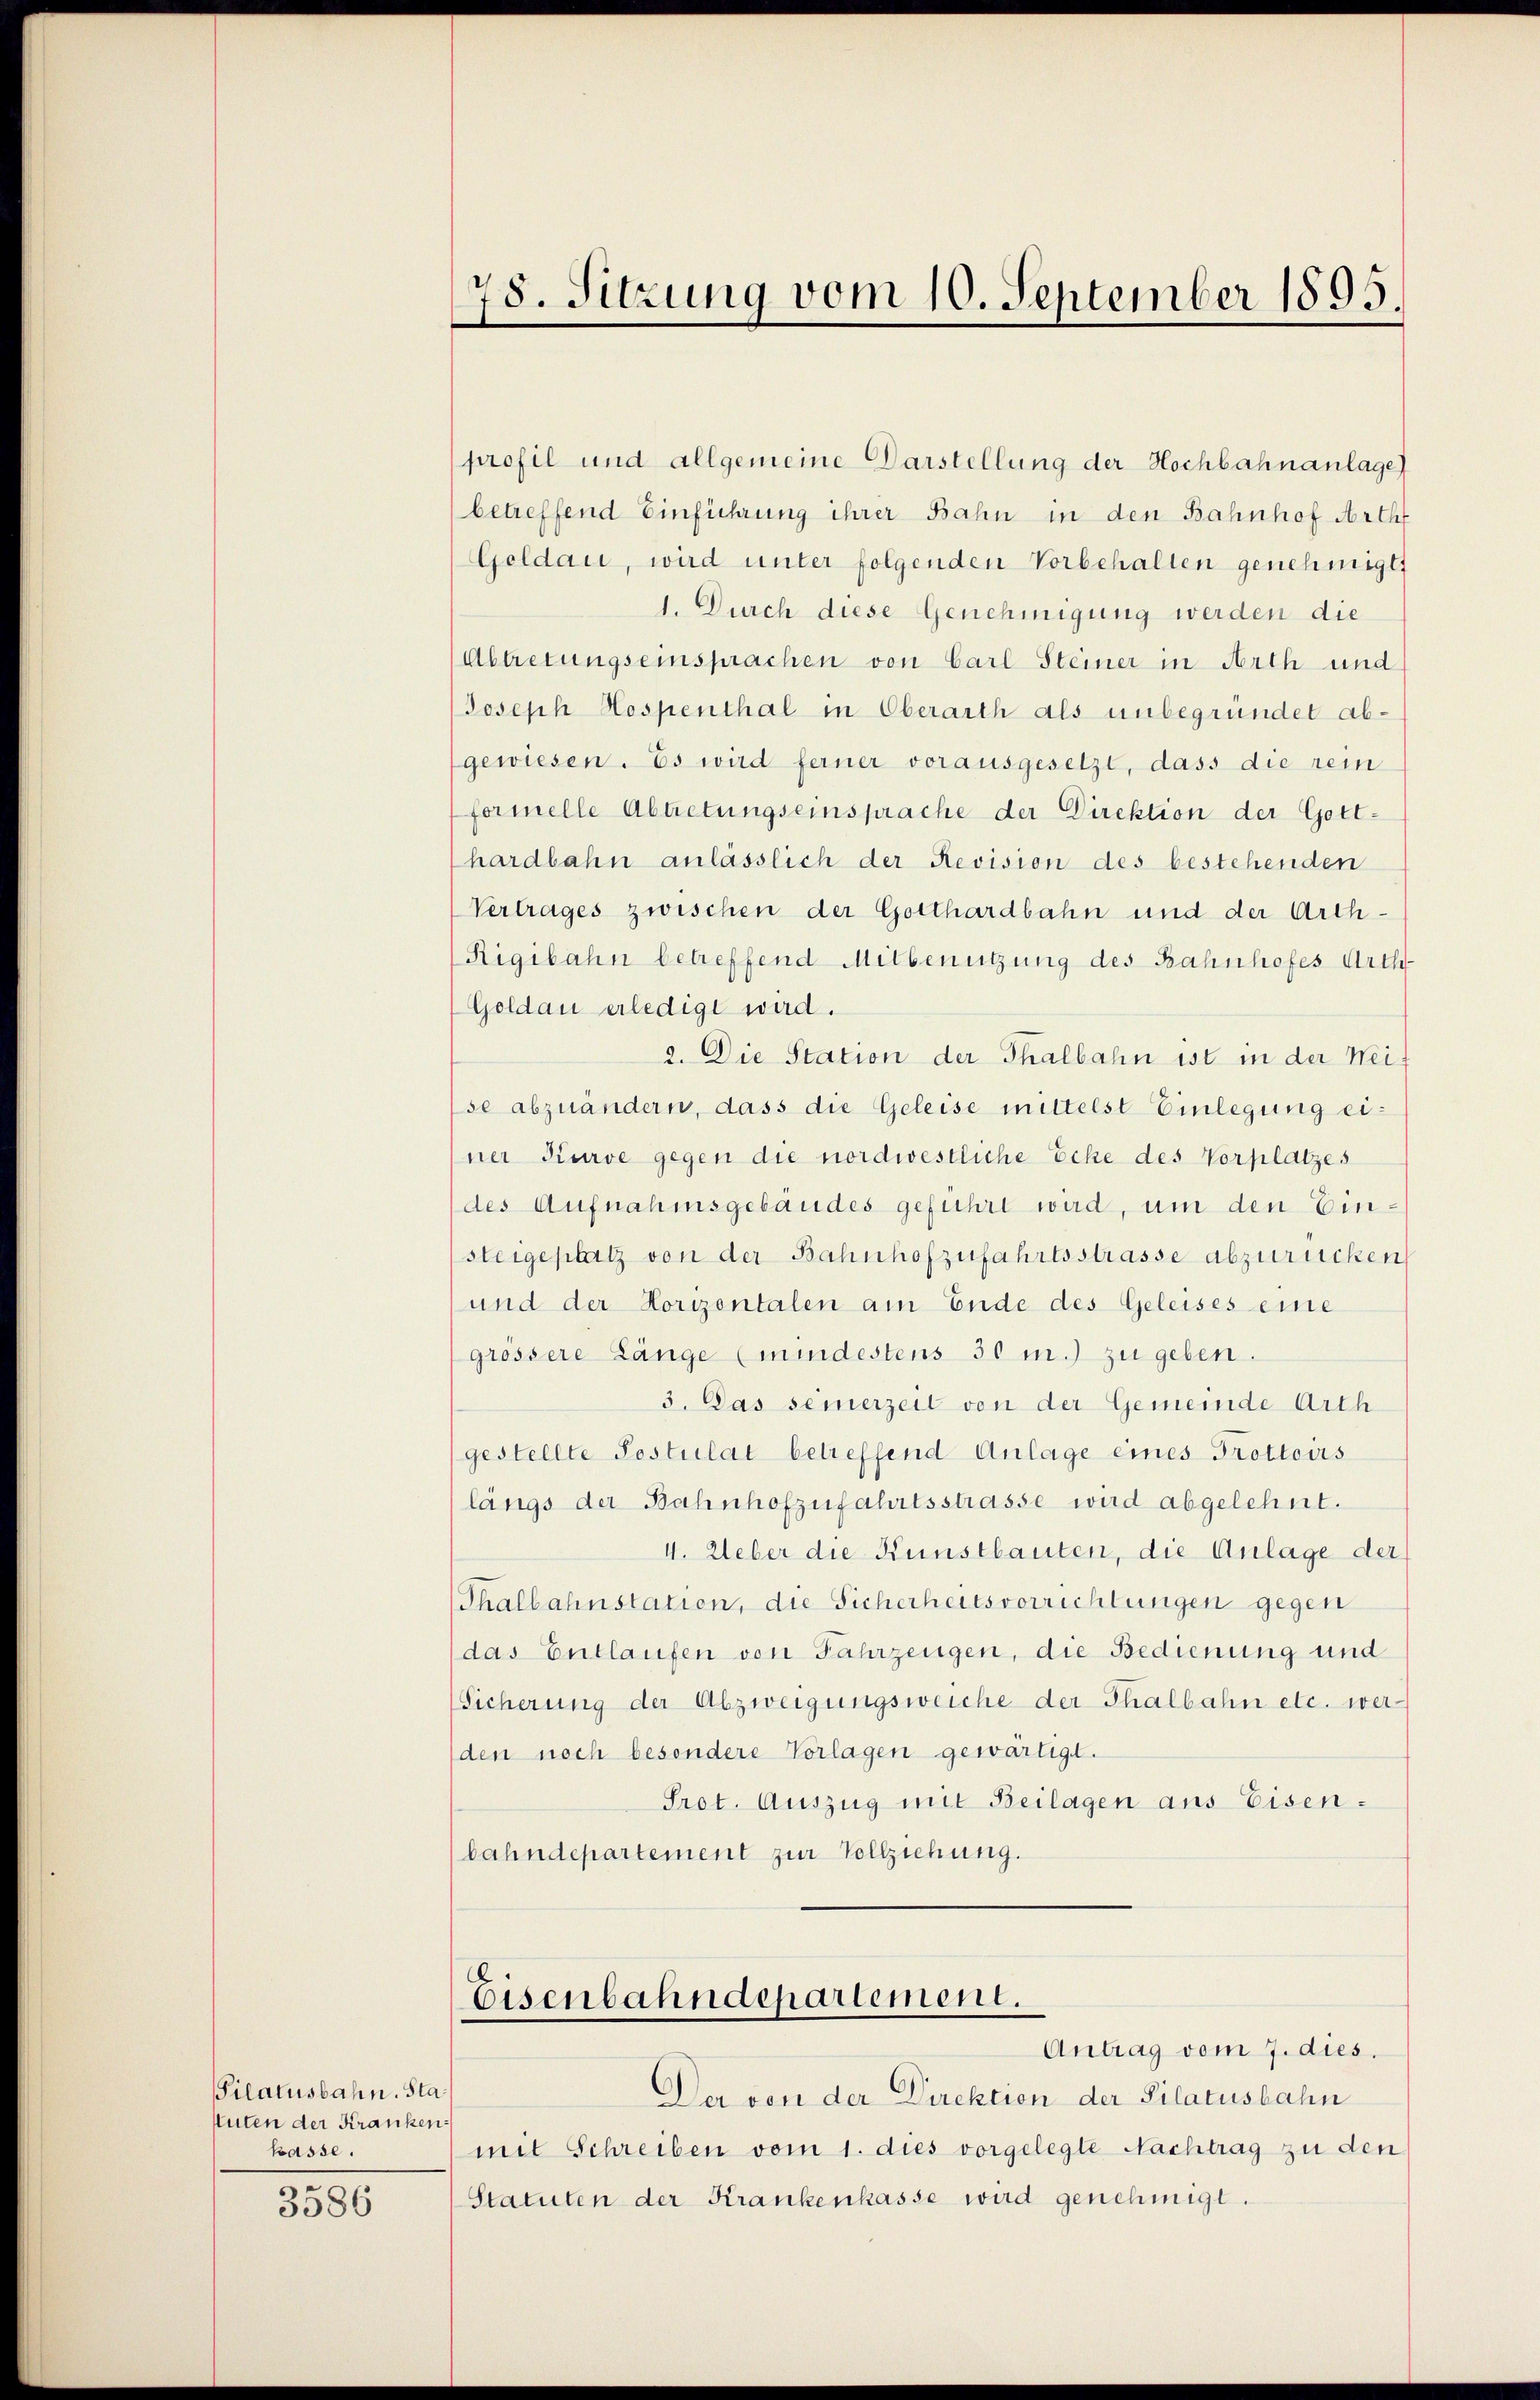
Pilatusbahn. Sta
stuten der Krankenkasse.

3586

profil und allgemeine Darstellung der Hochbahnanlage
betreffend Einführung ihrer Bahn in den Bahnhof Arth
Geldau, wird unter folgenden Vorbehalten genehmigt.
1. Durch diese Genehmigung werden die
Abtretungseinsprachen von Carl Steiner in Arth und
Joseph Hospenthal in Oberarth als unbegründet abgewiesen. Es wird ferner vorausgesetzt, dass die rein
formelle Abtretungseinsprache der Direktion der Gott-
hardbahn anlässlich der Revision des bestehenden
Vertrages zwischen der Gotthardbahn und der Arth¬
Rigibahn betreffend Mitbenützung des Bahnhofes Urth
Goldau erledigt wird.
2. Die Station der Thalbahn ist in der Weise abzuändern, dass die Geleise mittelst Einlegung einer Kurve gegen die nordwestliche Ecke des Vorplatzes
des Aufnahmsgebäudes geführt wird, um den Einsteigeplatz von der Bahnhofzufahrtsstrasse abzurücken
und der Horizontalen am Ende des Geleises eine
grossere Länge (mindestens 30 m.) zu geben.
3. Das semerzeit von der Gemeinde Arth
gestellte Postulat betreffend Anlage eines Trottoirs
längs der Bahnhofzufahrtsstrasse wird abgelehnt.
4. Ueber die Kunstbauten, die Anlage der
Thalbahnstation, die Sicherheitsvorrichtungen gegen
das Entlaufen von Fahrzeugen, die Bedienung und
Sicherung der Abzweigungsweiche der Thalbahn etc. wer¬
(den noch besondere Vorlagen gewärtigt.
Prot. Auszug mit Beilagen aus Eisen-
bahndepartement zur Vollziehung.

78. Sitzung vom 10. September 1895
e

Eisenbahndepartement.
Antrag vom 7. dies.

Der von der Direktion der Pilatusbahn
mit Schreiben vom 1. dies vorgelegte Nachtrag zu den
Statuten der Krankenkasse wird genehmigt.